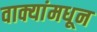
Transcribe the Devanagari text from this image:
वाक्यांमधून